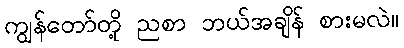
ကျွန်တော်တို့ ညစာ ဘယ်အချိန် စားမလဲ။